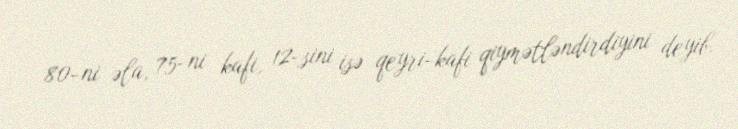
80-ni əla, 75-ni kafi, 12-sini isə qeyri-kafi qiymətləndirdiyini deyib.